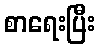
စာရေးပြီး